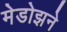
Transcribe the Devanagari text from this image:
मेडोझने